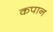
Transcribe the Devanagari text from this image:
कपान